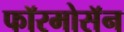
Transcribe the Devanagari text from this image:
फॉरमोसॅन